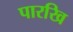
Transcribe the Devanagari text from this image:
पारखि